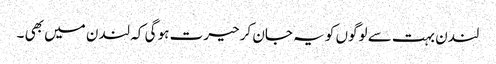
لندن بہت سے لوگوں کو یہ جان کر حیرت ہو گی کہ لندن میں بھی ۔